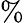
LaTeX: \mathrm{\% }